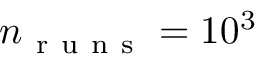
n _ { \mathrm { ~ r ~ u ~ n ~ s ~ } } = 1 0 ^ { 3 }